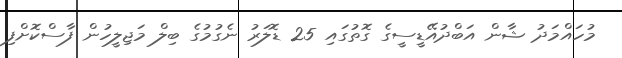
މުހައްމަދު ޝާން އަބްދުއޭޑީސީގެ ގޮތުގައި 25 ޑޮލަރު ނެގުމުގެ ބިލް މަޖިލީހުން ފާސްކޮށްފި